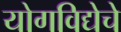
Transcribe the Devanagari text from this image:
योगविद्येचे